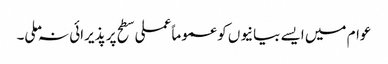
عوام میں ایسے بیانیوں کو عموما ًعملی سطح پر پذیرائی نہ ملی۔